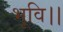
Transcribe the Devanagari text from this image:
भूवि।।